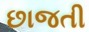
છાજતી